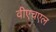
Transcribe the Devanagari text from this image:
वीएचएल